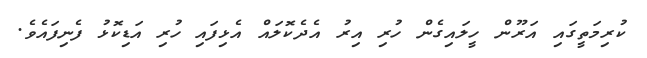
ކުރިމަތީގައި އަރޫން ހީލައިގެން ހުރި އިރު އެދެކޮލައް އެޅިފައި ހުރި އަޑިކޮޅު ފެނިފައެވެ.